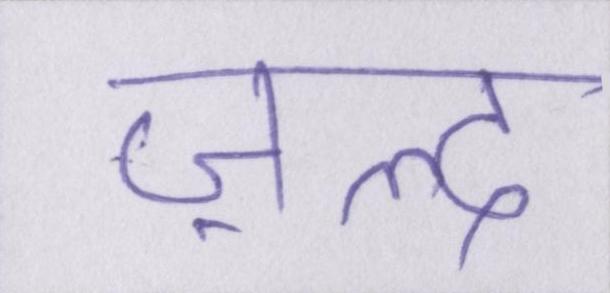
ज़ल्द